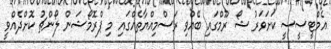
އެމްޓީސީސީ ކަށަވަރު ޝޯ ރޫމްގައި ބޭއްވި ރަސްމިއްޔާތެއްގައި މި ޕްރޮމޯޝަން ލޯންޗު ކޮށްދެއްވީ